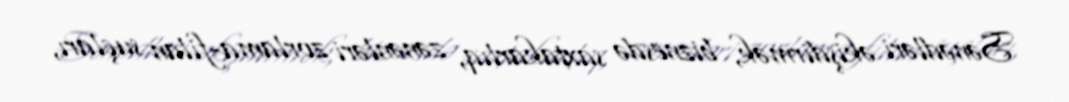
Sənədləri əkişdirmək, biznesdə saxtakarlıq, zənənləri zorlama-filan suçları,